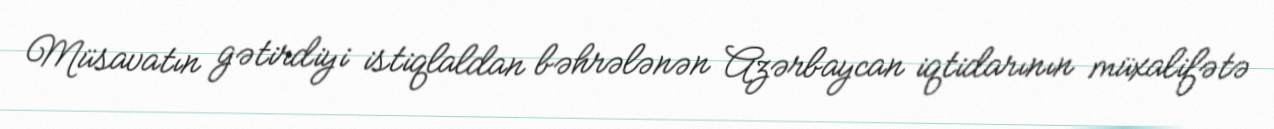
Müsavatın gətirdiyi istiqlaldan bəhrələnən Azərbaycan iqtidarının müxalifətə